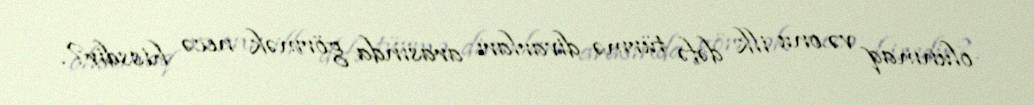
olunmaq və onu ilk dəfə türmə divarları arasında görmək necə hissdir?.